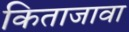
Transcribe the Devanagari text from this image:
किताजावा